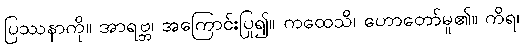
ပြဿနာကို။ အာရဗ္ဘ၊ အကြောင်းပြု၍။ ကထေသိ၊ ဟောတော်မူ၏။ ကိရ၊